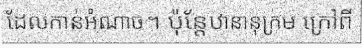
ដែលកាន់អំណាច។ ប៉ុន្តែឋានានុក្រម ក្រៅពី